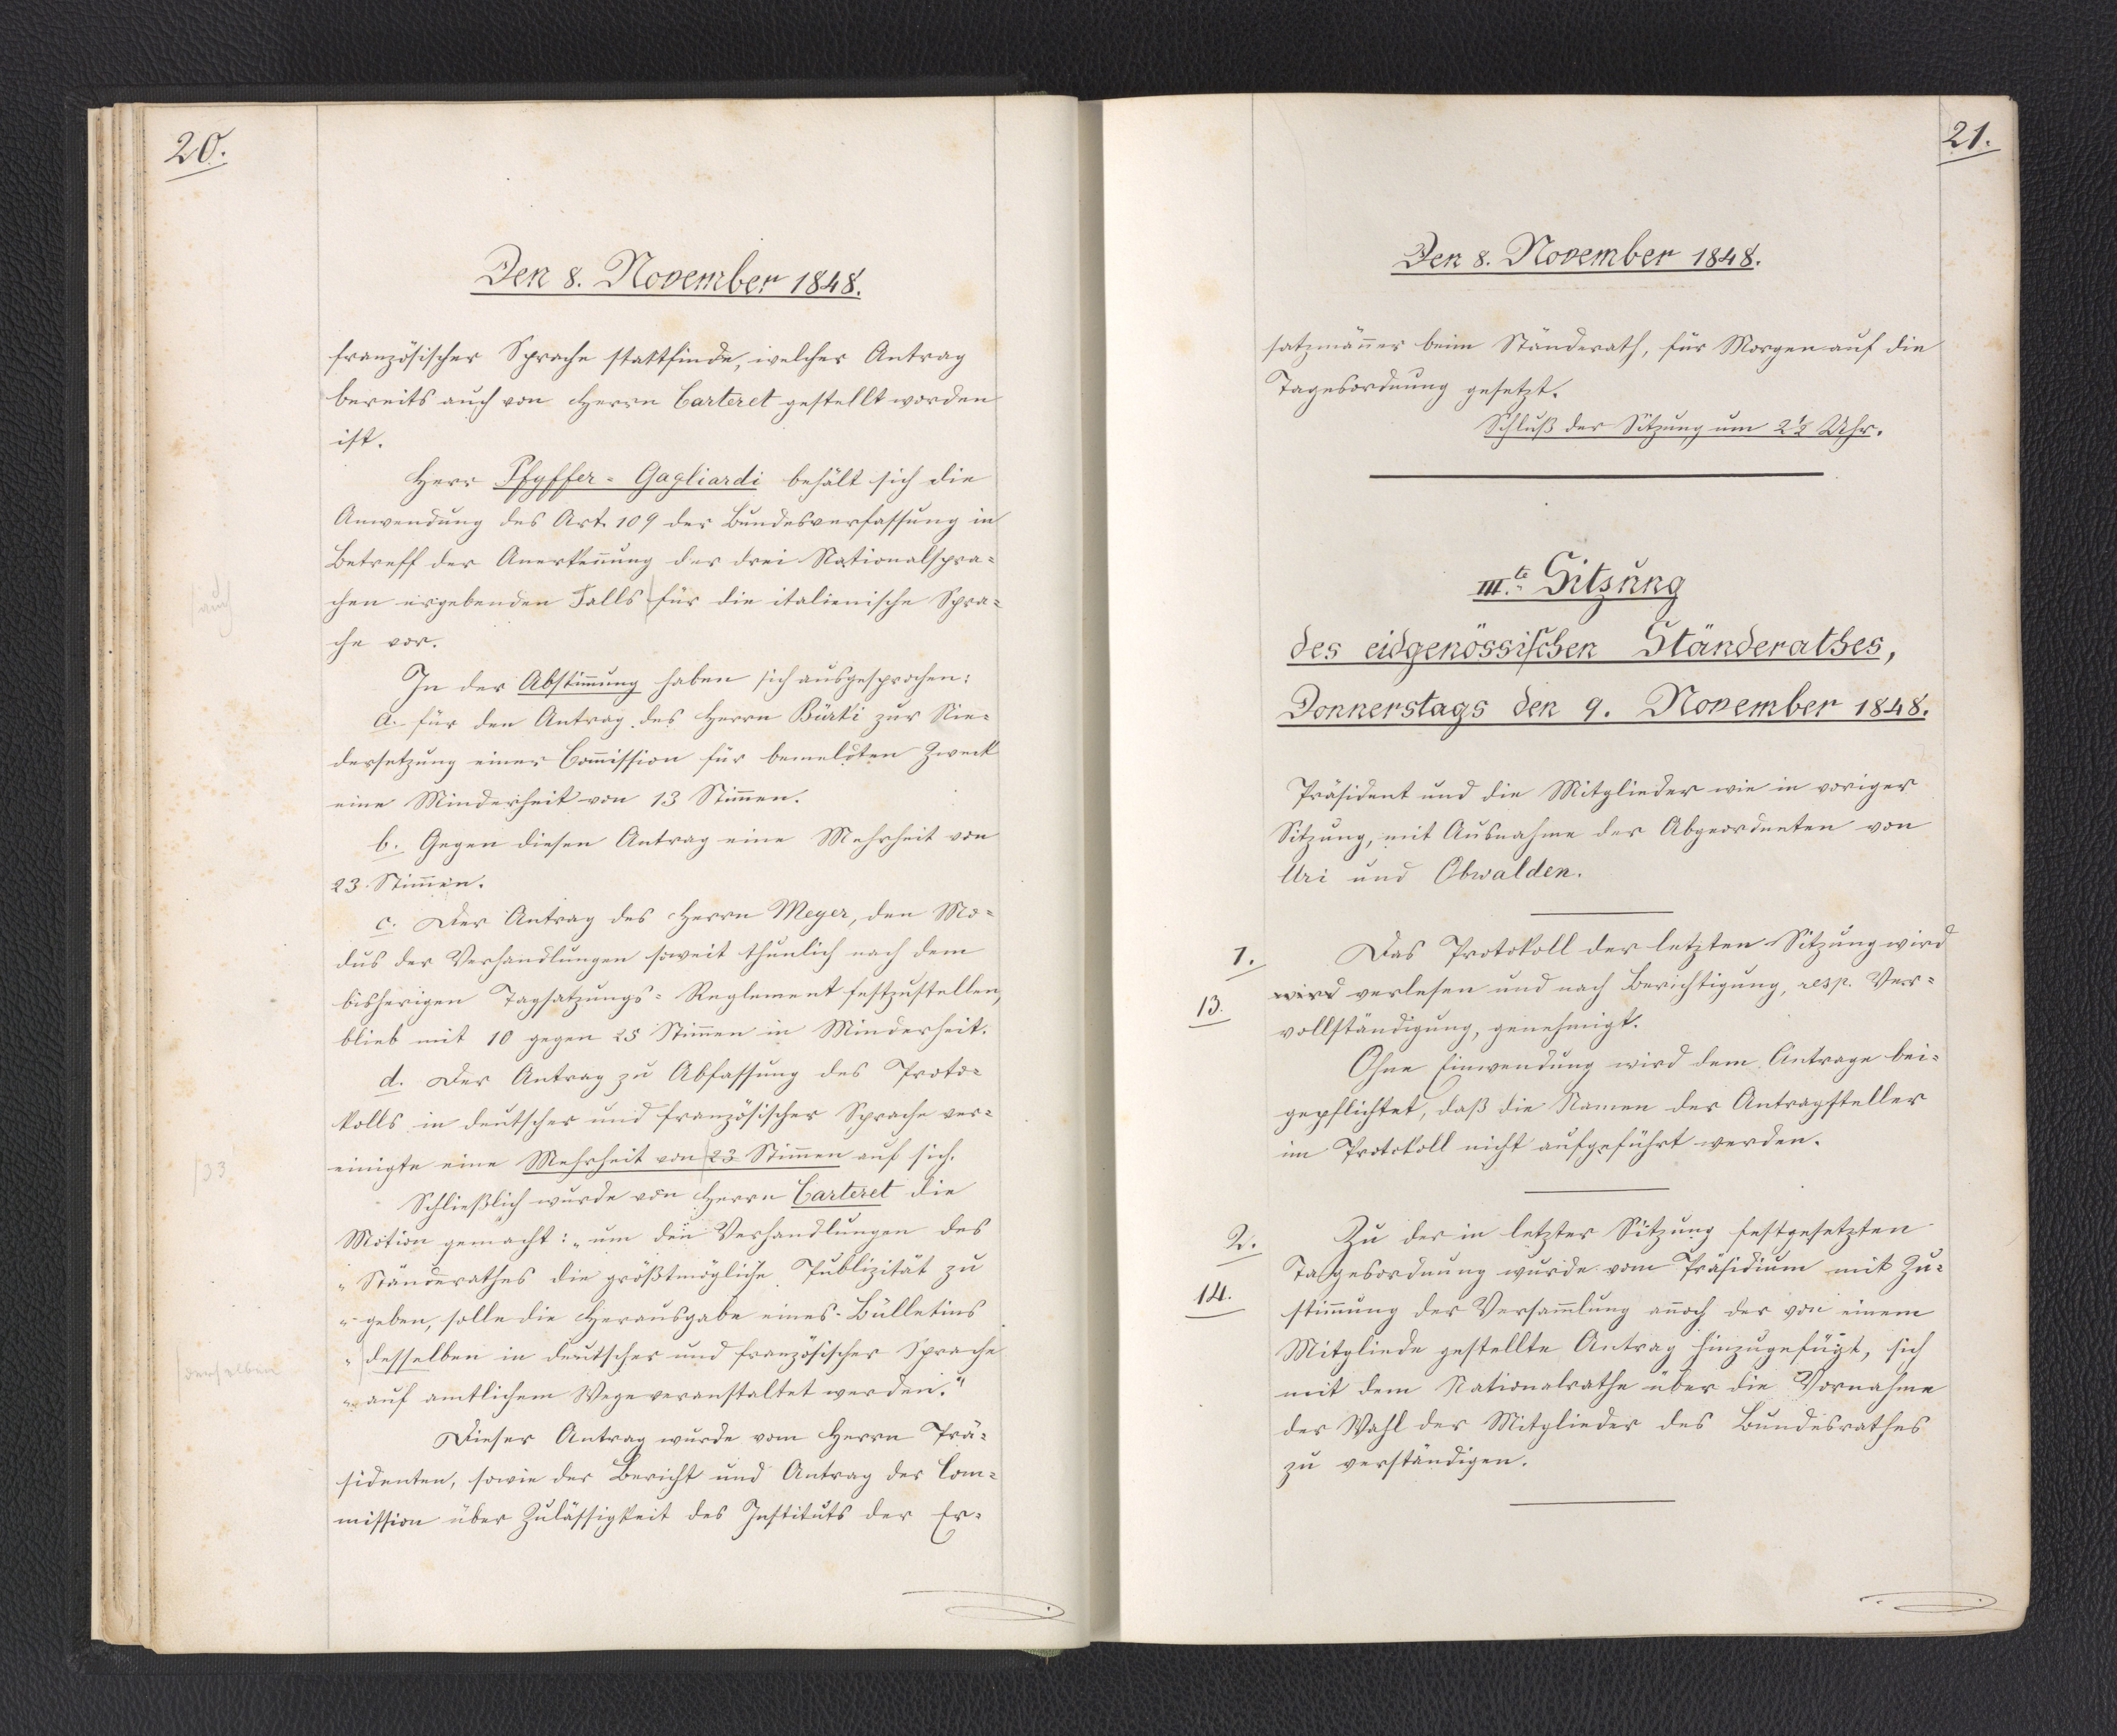
21.

III.te Sitzung
des eidgenössischen Ständerathes,
Donnerstags den 9. November 1848.

Präsident und die Mitglieder wie in voriger
Sitzung, mit Ausnahme der Abgeordneten von
Uri und Obwalden.
Das Protokoll der letzten Sitzung wird
wird verlesen und nach Berichtigung, resp. Ver¬
vollständigung, genehmigt.
Ohne Einwendung wird dem Antrage bei¬
gepflichtet, daß die Namen der Antragsteller
im Protokoll nicht aufgeführt werden.
Zu der in letzter Sitzung festgesetzten
Tagesordnung wurde vom Präsidium mit Zu¬
stimmung der Versammlung annoch der von einem
Mitgliede gestellte Antrag hinzugefügt, sich
mit dem Nationalrathe über die Vornahme
der Wahl der Mitglieder des Bundesrathes
zu verständigen.

1.
13.

2.
14.